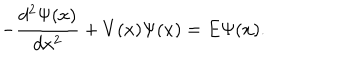
- \frac { d ^ { 2 } \Psi ( x ) } { d x ^ { 2 } } + V ( x ) \Psi ( x ) = E \Psi ( x ) .